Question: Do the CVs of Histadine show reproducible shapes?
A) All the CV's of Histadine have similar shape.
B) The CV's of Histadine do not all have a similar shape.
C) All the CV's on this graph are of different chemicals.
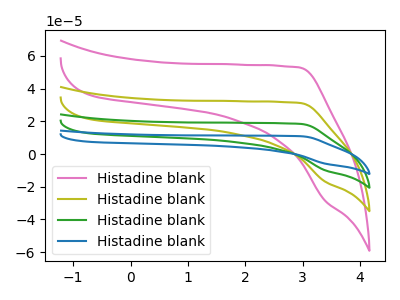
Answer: <think>The pink curve "Histadine blank1" has no peaks. The olive curve "Histadine blank2" has no peaks. The green curve "Histadine blank3" has no peaks. The blue curve "Histadine blank4" has no peaks.
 Neither "Histadine blank1" or "Histadine blank2" have any peaks. Neither "Histadine blank1" or "Histadine blank3" have any peaks. Neither "Histadine blank1" or "Histadine blank4" have any peaks. Neither "Histadine blank2" or "Histadine blank3" have any peaks. Neither "Histadine blank2" or "Histadine blank4" have any peaks. Neither "Histadine blank3" or "Histadine blank4" have any peaks.</think>
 <answer>A) All the CV's of "Histadine" have similar shape.</answer>
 <eval>A</eval>